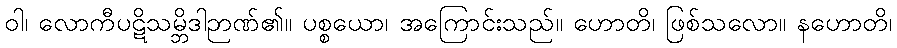
ဝါ၊ လောကီပဋိသမ္ဘိဒါဉာဏ်၏။ ပစ္စယော၊ အကြောင်းသည်။ ဟောတိ၊ ဖြစ်သလော။ နဟောတိ၊